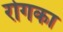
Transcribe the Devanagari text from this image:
रोगका